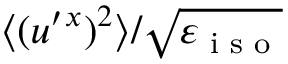
\langle { ( u ^ { \prime } { } ^ { x } ) ^ { 2 } } \rangle / \sqrt { \varepsilon _ { \textrm { i s o } } }